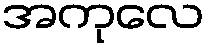
အကုလေ